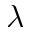
\lambda